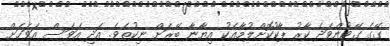
ގޭގެ ގޭޓުންވަދެ ކާރު ޕާކުކޮށްލުމާއެކު އިޔާނާ ބޭރަށް ނިކުތެވެ. އަދި އަވަސް އަވަހަށް